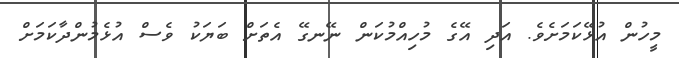
މީހުން އުޅޭކަމަށެވެ. އަދި އޭގެ މުހިއްމުކަން ނޭނގޭ އެތަށް ބަޔަކު ވެސް އުޅެމުންދާކަމަށް